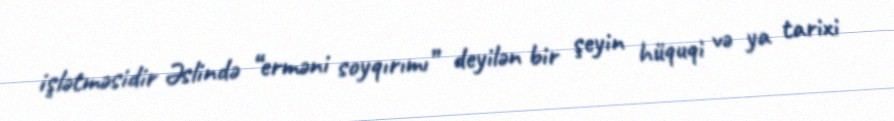
işlətməsidir Əslində “erməni soyqırımı” deyilən bir şeyin hüquqi və ya tarixi